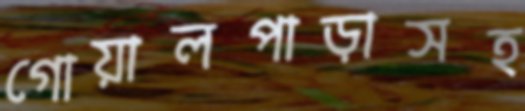
গোয়ালপাড়াসহ